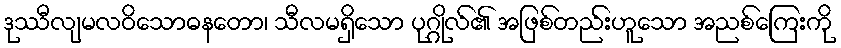
ဒုဿီလျမလဝိသောဓနတော၊ သီလမရှိသော ပုဂ္ဂိုလ်၏ အဖြစ်တည်းဟူသော အညစ်ကြေးကို